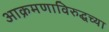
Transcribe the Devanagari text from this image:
आक्रमणाविरुद्धच्या